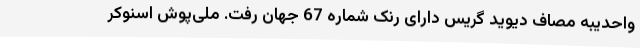
واحدیبه مصاف دیوید گریس دارای رنک شماره 67 جهان رفت. ملی‌پوش اسنوکر